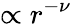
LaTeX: \propto r^{-\nu}